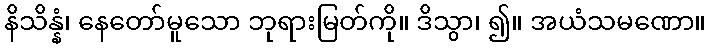
နိသိန္နံ၊ နေတော်မူသော ဘုရားမြတ်ကို။ ဒိသွာ၊ ၍။ အယံသမဏော။